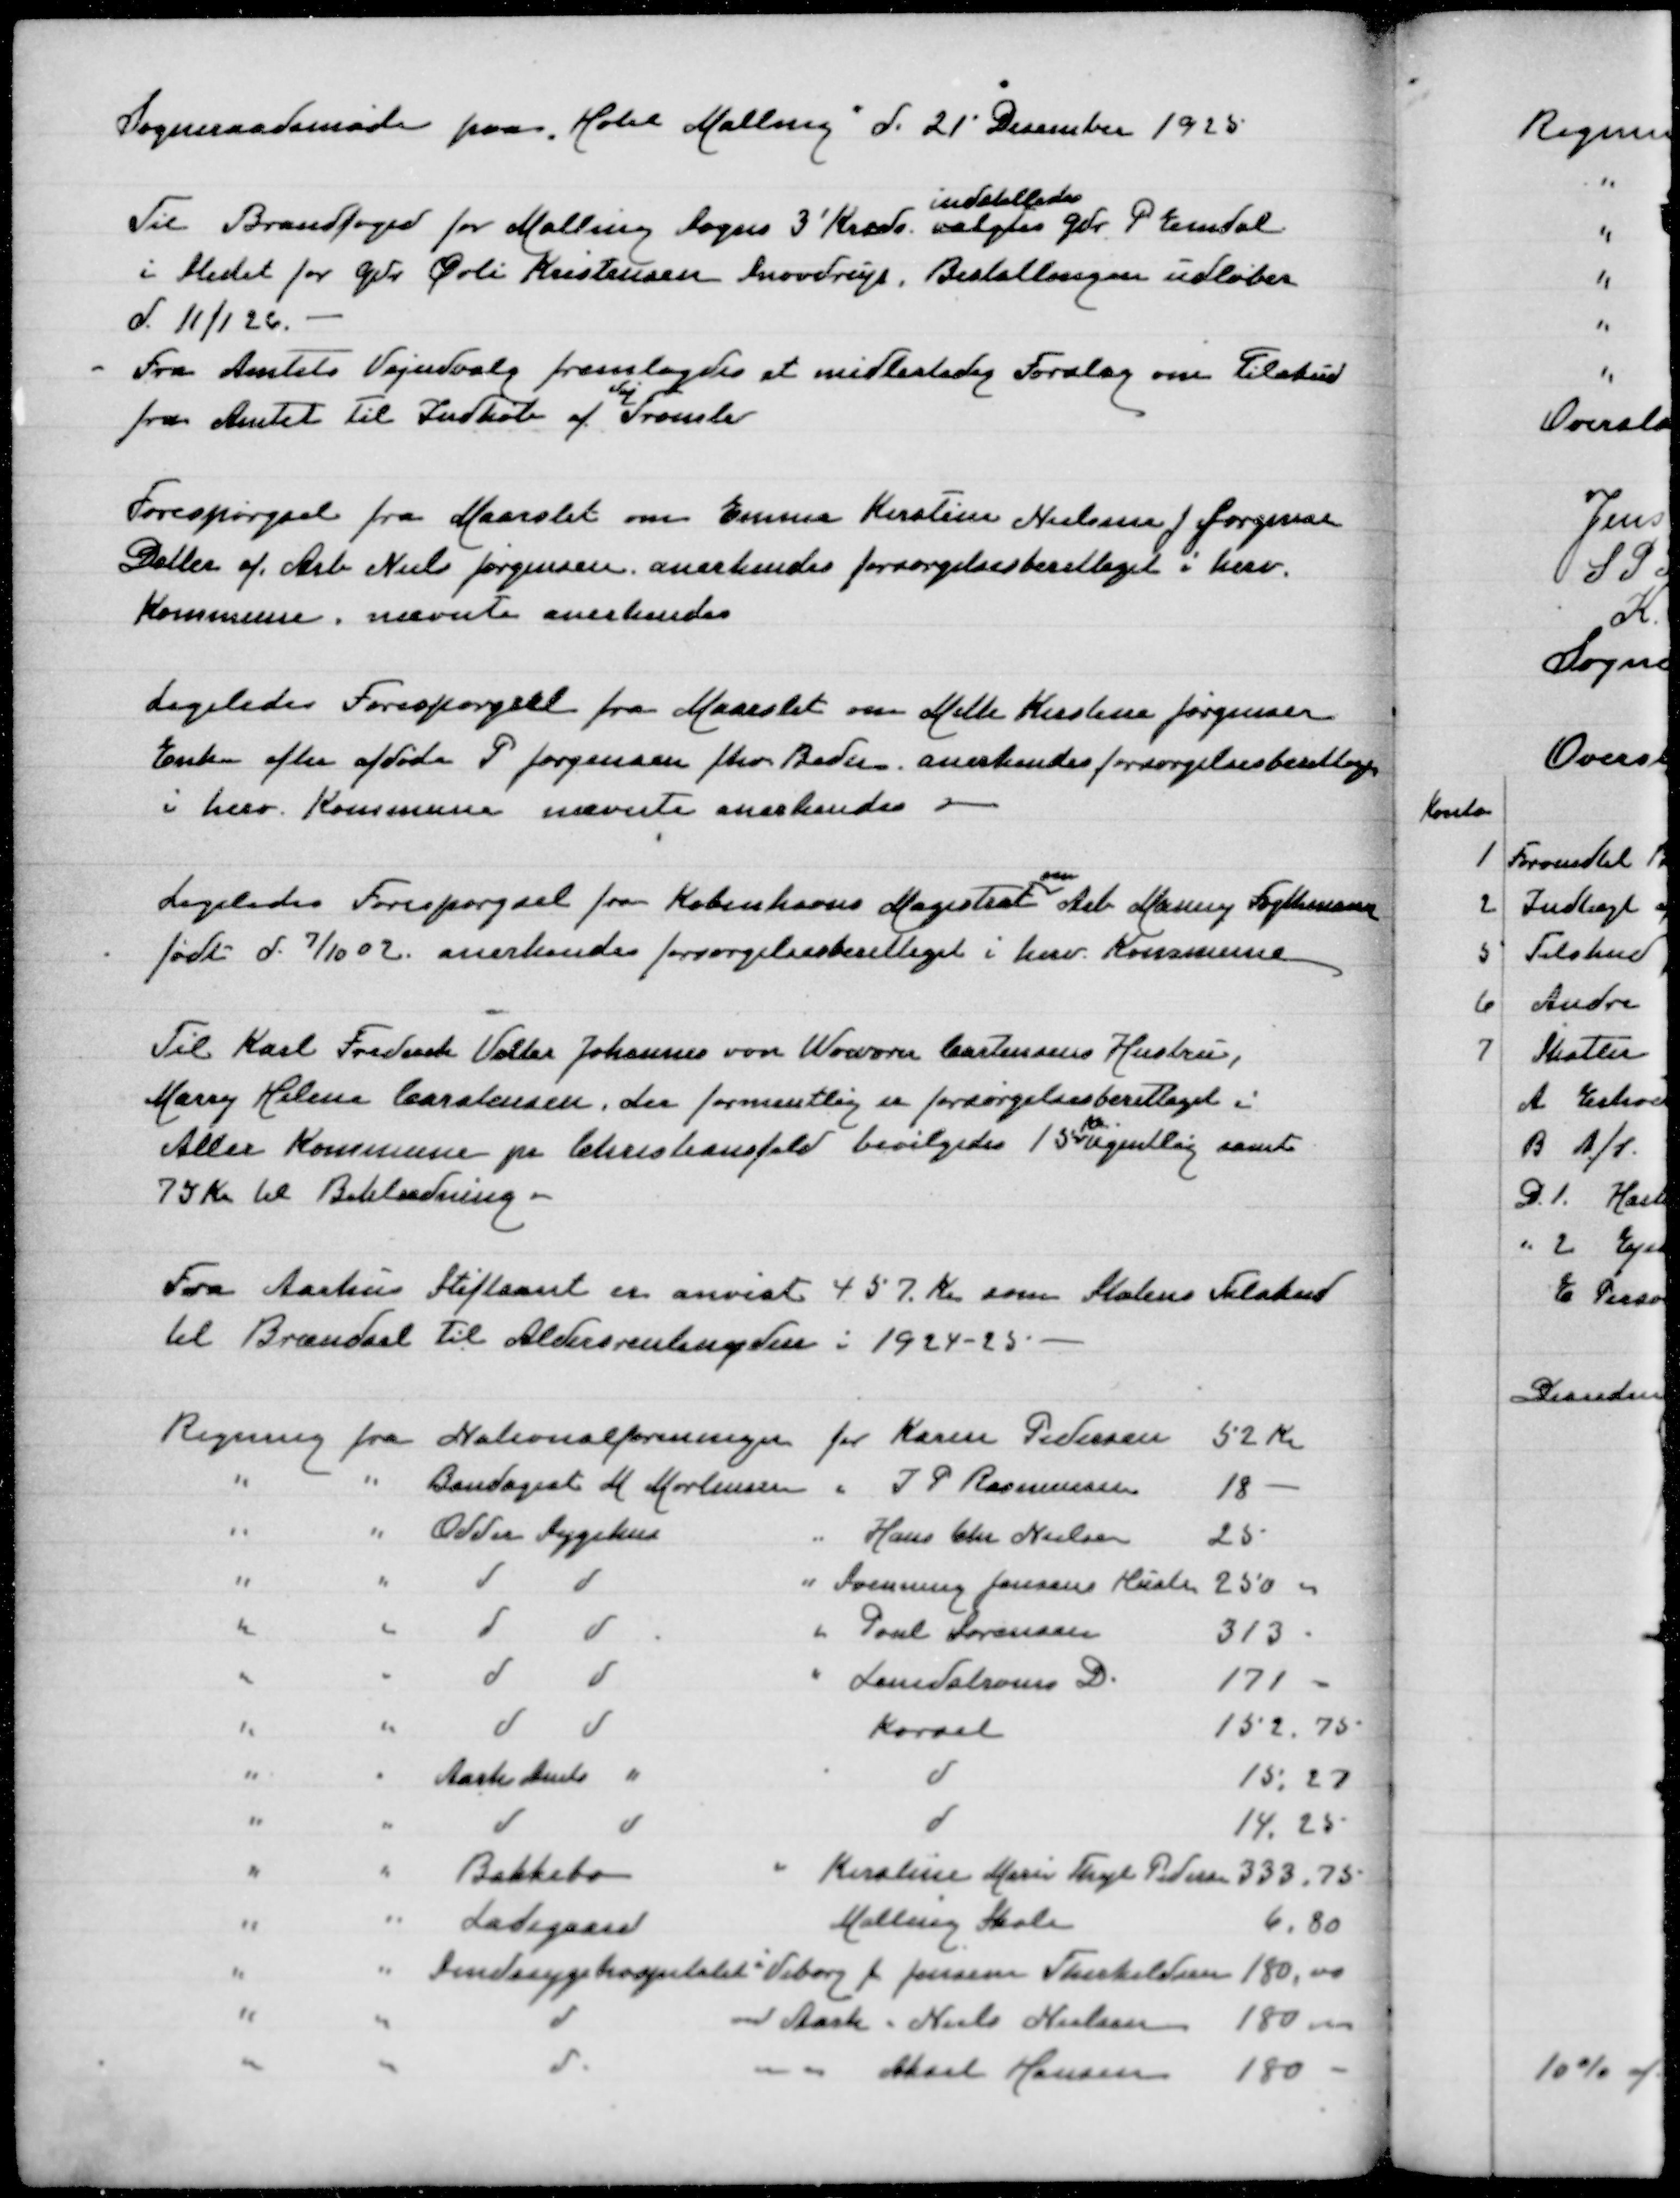
Transskription:
Sogneraadsmøde paa "Hotel Malling" d 21' December 1925

indstilledes
Til Brandfoged for Malling Sogns 3' Kreds valgtes Gdr P Emdal
i stedet for Gdr Øvli Kristensen Snovdrup, Bestallingen udløber
d 11/1 26
Fra Amtets Vejudvalg fremlagdes et midlertidigt Forslag om Tilskud
Vej
fra Amtet til Indkøb af Tromler

Forespørgsel fra Maarslet om Emma Kirstine Nielsen f Jørgensen
Datter af Arb Niels Jørgensen anerkendes forsørgelsesberettiget i herv
Kommune, nævnte anerkendes

Ligeledes Forespørgsel fra Maarslet om Mette KirstineJørgensen
Enke efter afdøde P Jørgensen fhv Beder anerkendes forsørgelsespligtig
i herv Kommune, nævnte anerkendes

om
Ligeledes Forespørgsel fra Københavns Magistrat Arb Manny Foghtmann
født d 7/10 02 anerkendes forsørgelsesberettiget i herv Kommune

Til Karl Frederik Valter Johannes von Wowern Cartensens Hustru
Mary Helene Carstensen, der formentlig er forsørgelsesberettiget i
Kr
Aller Kommune pr Christiansfeld bevilgedes 15 ugentlig samt
75 Kr til Beklædning

Fra Aarhus Stiftamt er anvist 457 Kr som Statens Tilskud
til Brændsel til Aldersrentenydere i 1924-25

Regning fra Natilnalforeningen for Karen Pedersen
52 Kr
" " Bandagist M Mortensen " I P Rasmussen
18 -
" " Odder Sygehus " Hans Chr Nielsen
25
" " d d " Svenning Jensens Hustr
250,00
" " d d " Poul Sørensen
313
" " d d " Lauedalrons D
171
" " d d Kørsel
152,75
" " Aarhus Amts " d
15,27
" " d d d
14,25
" " Bakkebo " Kirstine Marie Thegel Pedersen
333,75
" " Ladegaard Malling Skole
6,80
" " Sindssygehospitalet i Viborg for Jensine Therkildsen
180,00
" " d ved Aarhus " Niels Nielsen
180,00
" " d " " Aksel Hansen
180